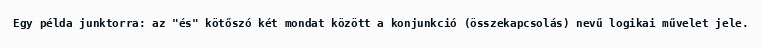
Egy példa junktorra: az "és" kötőszó két mondat között a konjunkció (összekapcsolás) nevű logikai művelet jele.